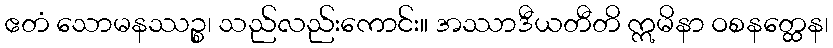
ဧတံ သောမနဿဉ္စ၊ သည်လည်းကောင်း။ အဿာဒီယတီတိ ဣမိနာ ဝစနတ္ထေန၊